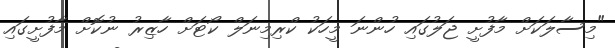
"މިސާލަކަށް މާފުށީ ޖަލުގައި ހުންނަ މީހަކު ކްރިމިނަލް ކޯޓަށް ހާޒިރު ނުކޮށް މާފުށީގައި